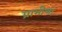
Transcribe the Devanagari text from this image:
ग्रामीणा